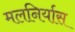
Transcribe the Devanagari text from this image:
मलनिर्यास